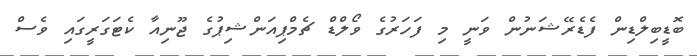
ބޮޑީބިލްޑިން ފެޑެރޭޝަނުން ވަނީ މި ފަހަރުގެ ވޯލްޑް ޗެމްޕިއަންޝިޕުގެ ޖޫނިއާ ކެޓަގަރީގައި ވެސް